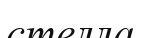
стелла